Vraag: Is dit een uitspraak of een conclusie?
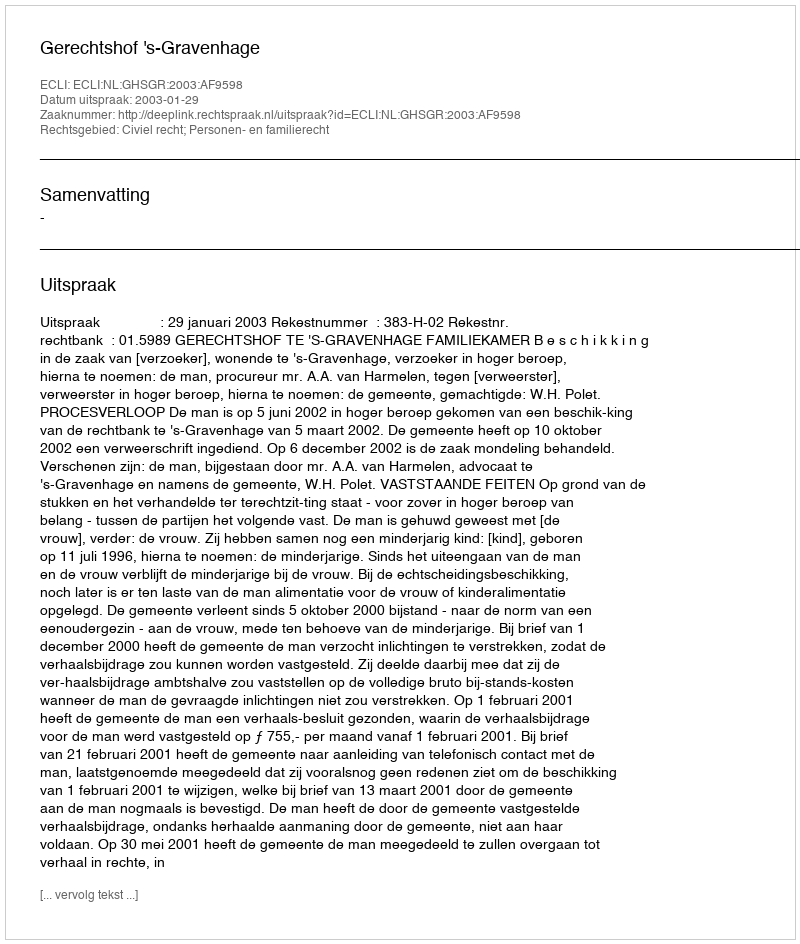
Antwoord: Uitspraak